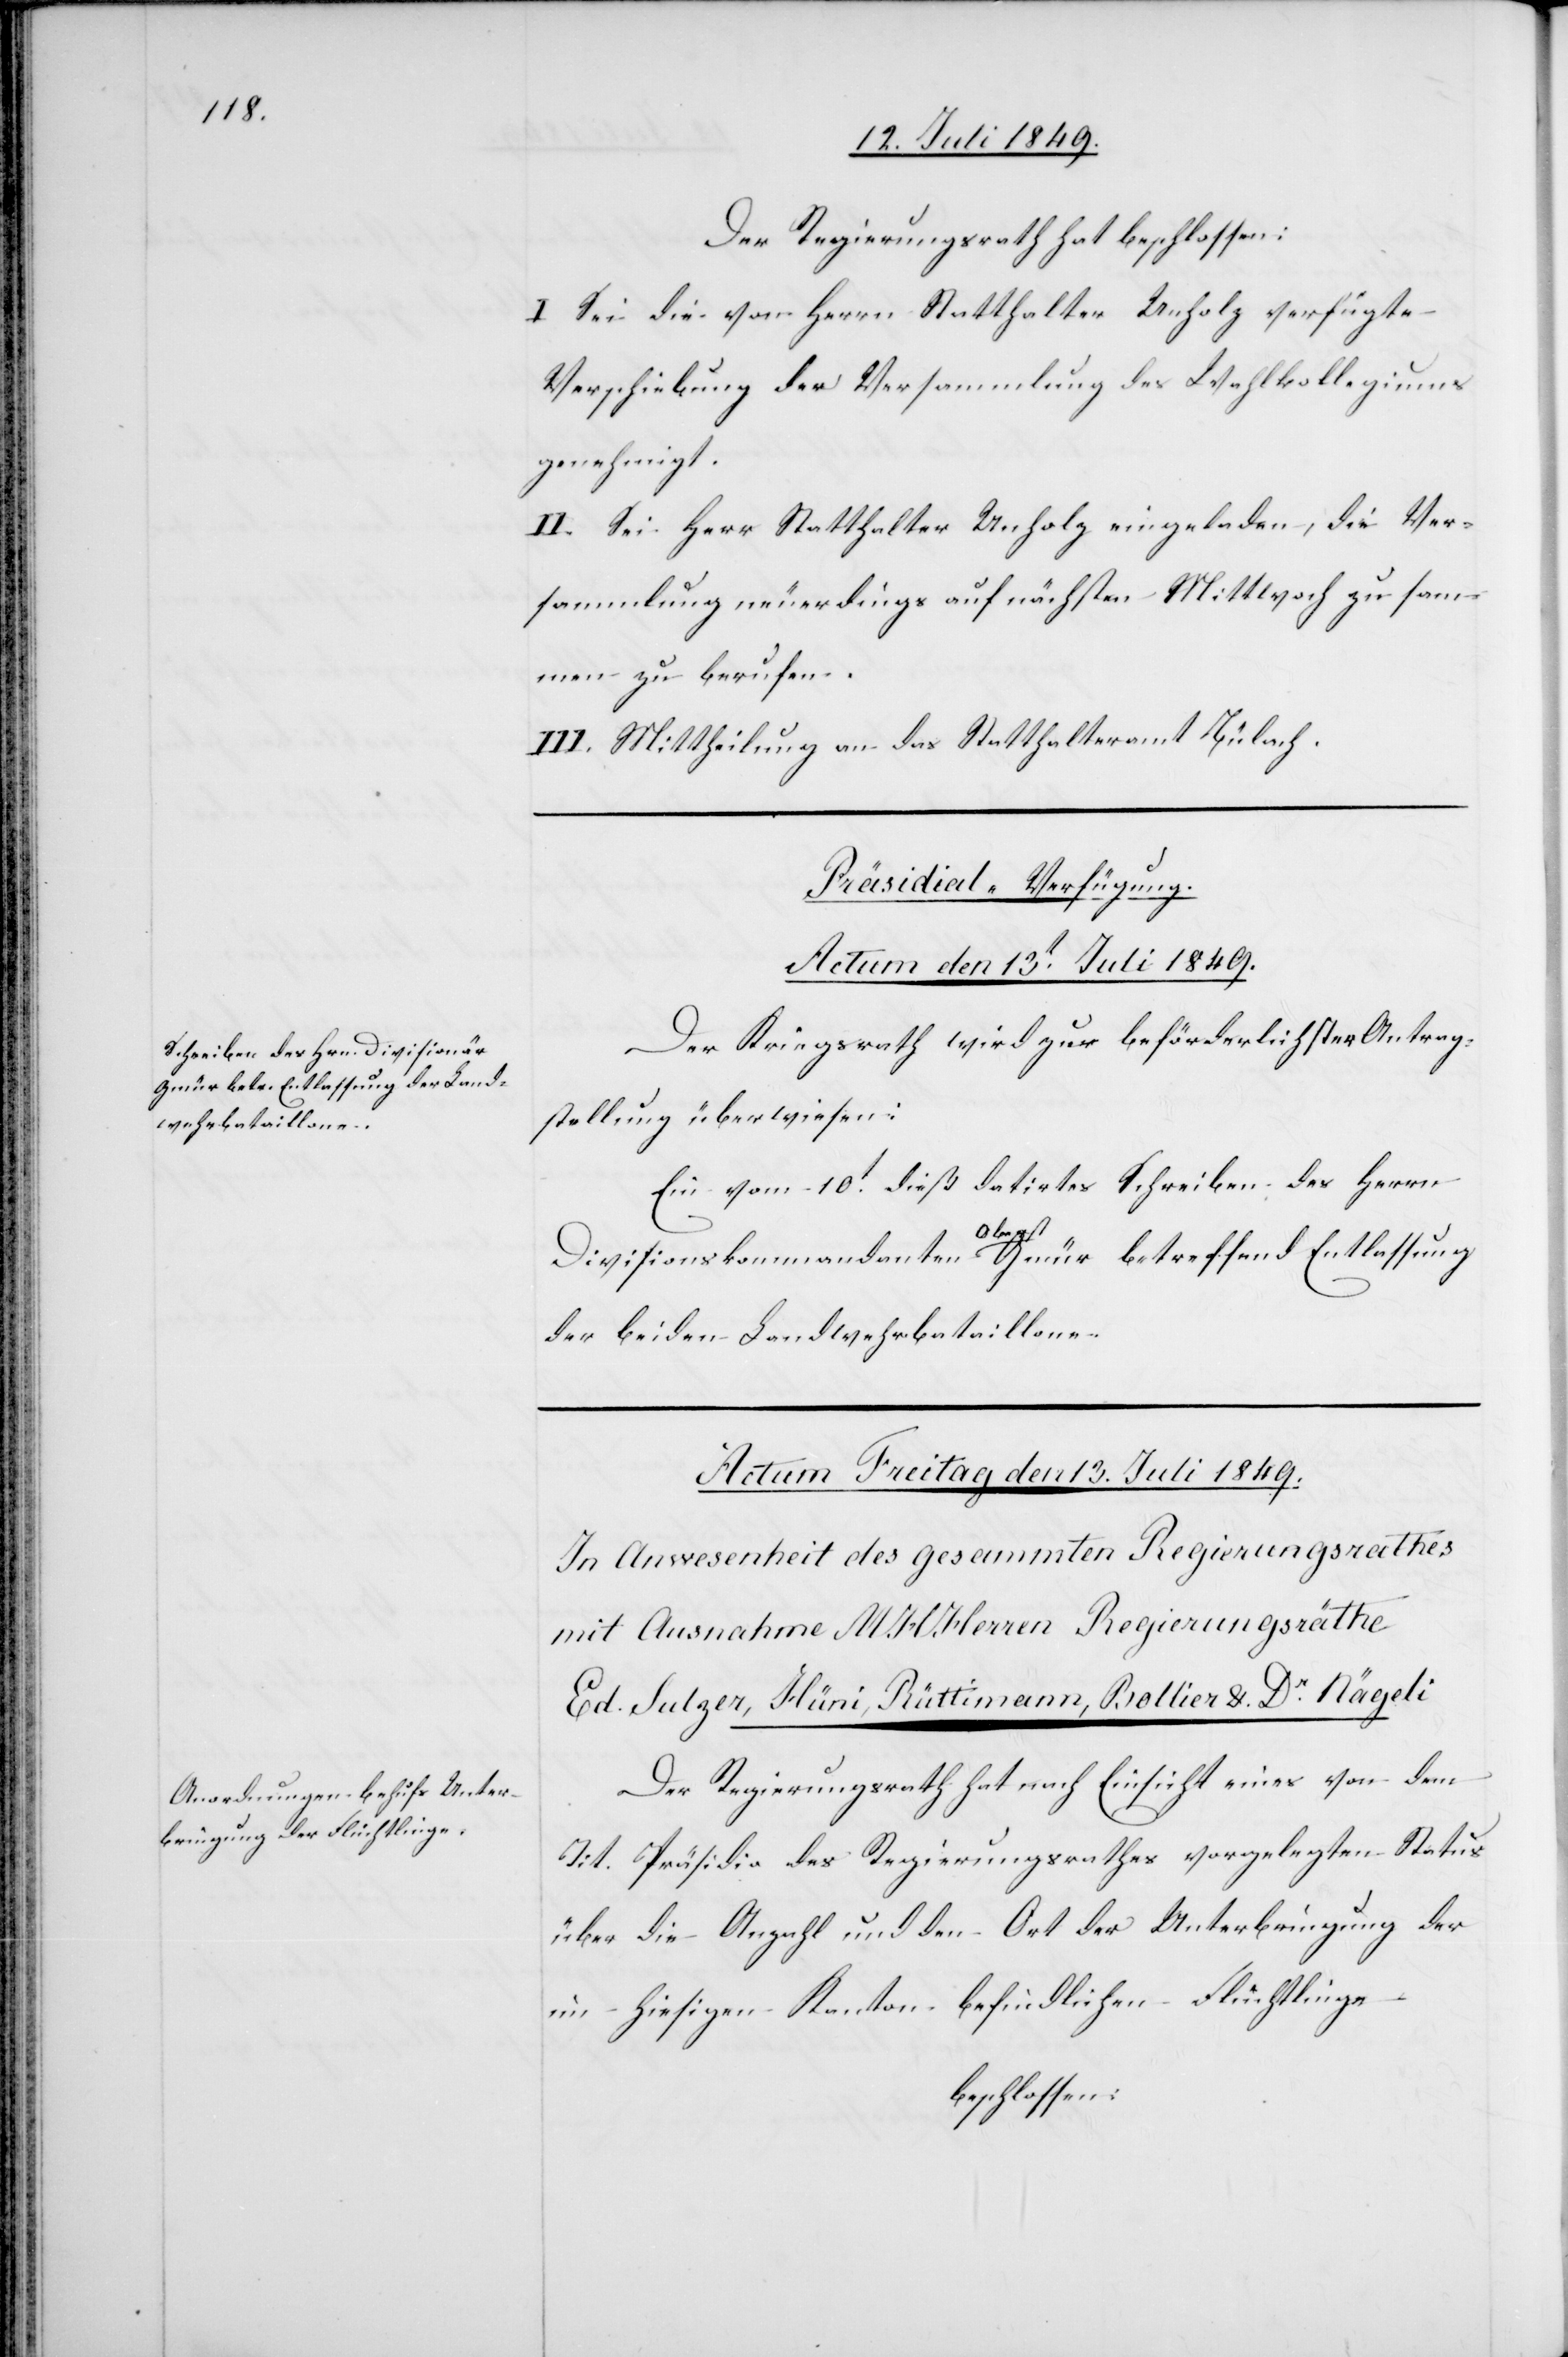
Der Regierungsrath hat beschlossen:
I. Sei die von Herrn Statthalter Unholz verfügte
Verschiebung der Versammlung des Wahlkollegiums
genehmigt.
II. Sei Herr Statthalter Unholz eingeladen, die Ver¬
sammlung neuerdings auf nächsten Mittwoch zu sam¬
men zu berufen.
Präsidial-Verfügung.
Actum den 13t Juli 1849.
Der Kriegsrath wird zur beförderlichster Antrag¬
stellung überwiesen:
Ein vom 10t dieß datirtes Schreiben des Herrn
Divisionkommandanten Oberst Gmür betreffend Entlassung
der beiden Landwehrbataillone.
Der Regierungsrath hat nach Einsicht eines von dem
Tit. Präsidio des Regierungsrathes vorgelegten Status
über die Anzahl und den Ort der Unterbringung der
im hiesigen Kanton befindlichen Flüchtlinge
beschlossen: